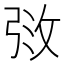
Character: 𫾰